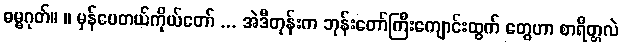
ဓမ္မဂုတ်။ ။ မှန်ပေတယ်ကိုယ်တော် ... အဲဒီတုန်းက ဘုန်းတော်ကြီးကျောင်းထွက် တွေဟာ စာရိတ္တလဲ